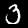
Label: 3